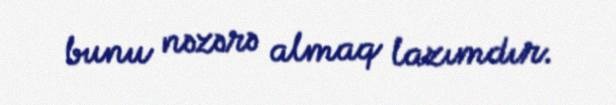
bunu nəzərə almaq lazımdır.